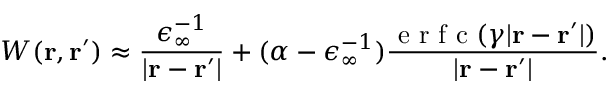
W ( \mathbf { r } , \mathbf { r } ^ { \prime } ) \approx \frac { \epsilon _ { \infty } ^ { - 1 } } { | \mathbf { r } - \mathbf { r } ^ { \prime } | } + ( \alpha - \epsilon _ { \infty } ^ { - 1 } ) \frac { \mathrm { ~ e ~ r ~ f ~ c ~ } ( \gamma | \mathbf { r } - \mathbf { r } ^ { \prime } | ) } { | \mathbf { r } - \mathbf { r } ^ { \prime } | } .